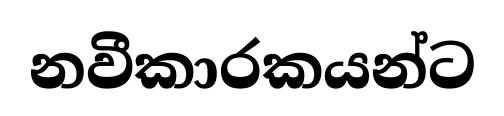
නවීකාරකයන්ට